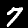
Label: 7